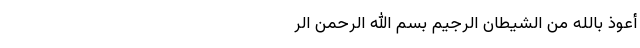
أعوذُ بِاللهِ مِنَ الشَّیطَانِ الرَّجیم بِسمِ الله الرَّحمنِ الرّ